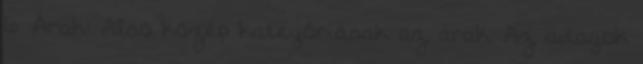
6. Árak: Alsó közép kategóriásak az árak. Az adagok